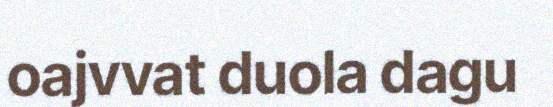
oajvvat duola dagu